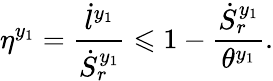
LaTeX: \eta^{y_{1}}=\frac{\dot{l}^{y_{1}}}{\dot{S}_{r}^{y_{1}}}\leqslant 1-\frac{\dot{S}_{r}^{y_{1}}}{\theta^{y_{1}}}.